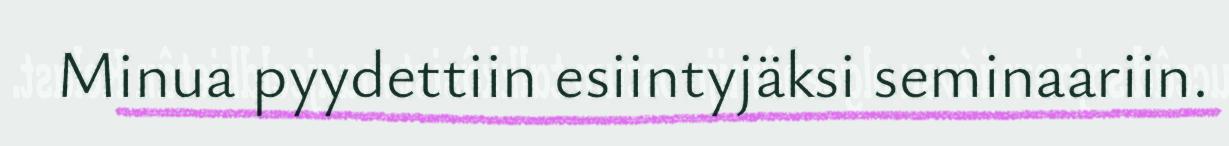
Minua pyydettiin esiintyjäksi seminaariin.